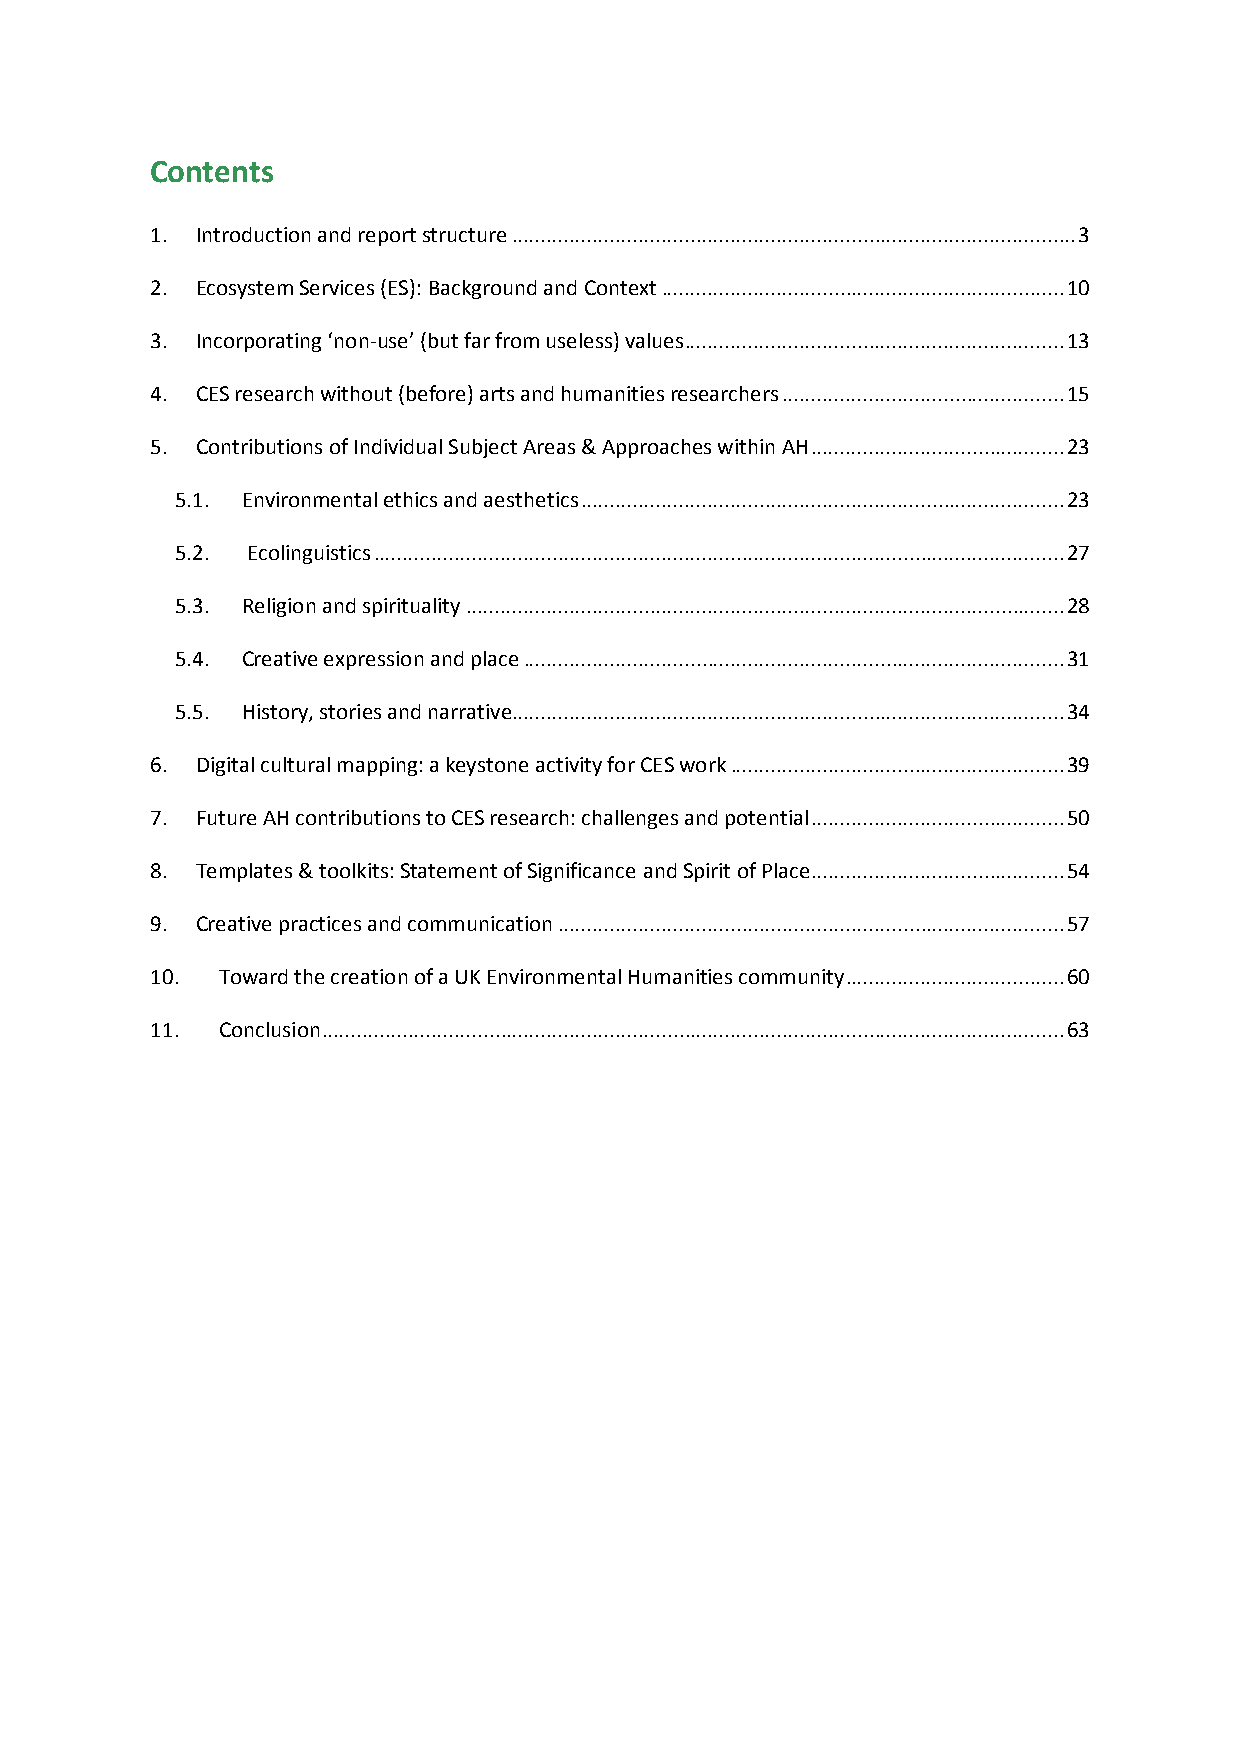
Contents
 1. Introduction and report structure .................................................................................................. 3
 2. Ecosystem Services (ES): Background and Context ...................................................................... 10
 3. Incorporating ‘non-use’ (but far from useless) values .................................................................. 13
 4. CES research without (before) arts and humanities researchers ................................................. 15
 5. Contributions of Individual Subject Areas & Approaches within AH ............................................ 23
 5.1. Environmental ethics and aesthetics .................................................................................... 23
 5.2. Ecolinguistics ........................................................................................................................ 27
 5.3. Religion and spirituality ........................................................................................................ 28
 5.4. Creative expression and place .............................................................................................. 31
 5.5. History, stories and narrative................................................................................................ 34
 6. Digital cultural mapping: a keystone activity for CES work .......................................................... 39
 7. Future AH contributions to CES research: challenges and potential ............................................ 50
 8. Templates & toolkits: Statement of Significance and Spirit of Place ............................................ 54
 9. Creative practices and communication ........................................................................................ 57
 10. Toward the creation of a UK Environmental Humanities community ...................................... 60
 11. Conclusion ................................................................................................................................. 63